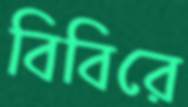
বিবিরে